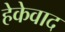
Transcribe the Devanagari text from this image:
हेकेवाद